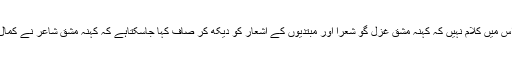
اگرچہ اس میں کلام نہیں کہ کہنہ مشق غزل گو شعرأ اور مبتدیوں کے اشعار کو دیکھ کر صاف کہا جاسکتاہے کہ کہنہ مشق شاعر نے کمال کردیا۔